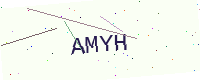
Text: AMYH